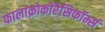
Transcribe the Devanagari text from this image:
फालाक्रोकोरैसिफॉर्म्स